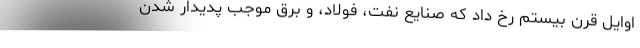
اوایل قرن بیستم رخ داد که صنایع نفت، فولاد، و برق موجب پدیدار شدن